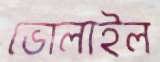
ভোলাইল